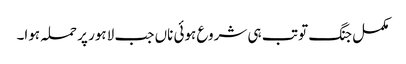
مکمل جنگ تو تب ہی شروع ہوئی ناں جب لاہور پر حملہ ہوا۔